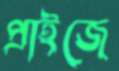
প্রাইজে